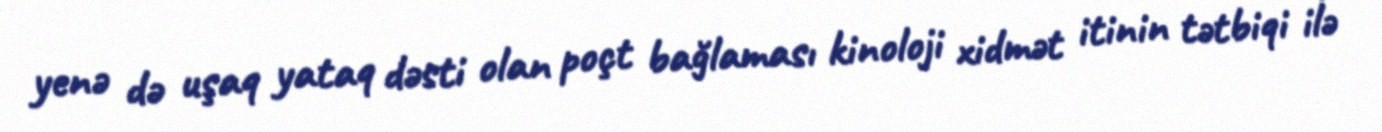
yenə də uşaq yataq dəsti olan poçt bağlaması kinoloji xidmət itinin tətbiqi ilə